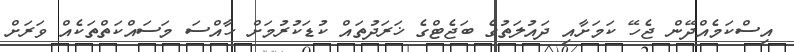
އިސްކަމެއްދޭން ޖެހޭ ކަމަށާއި ދައުލަތުގެ ބަޖެޓްގެ ޚަރަދުތައް ކުޑަކުރުމަށް ހާއްސަ މަސައްކަތްތަކެއް ވަރަށް